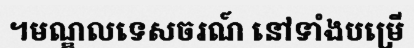
។មណ្ឌលទេសចរណ៍ នៅទាំងបម្រើ